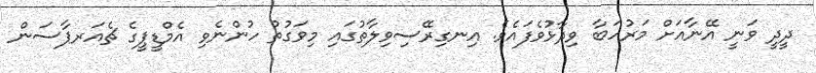
ދީދީ ވަނީ އޭނާއަށް މަރުހަބާ ވިދާޅުވެފައެވެ. އިނގިރޭސިވިލާތުގައި މިވަގުތު ހުންނެވި އެމްޑީޕީގެ ޗެއަރޕާސަން